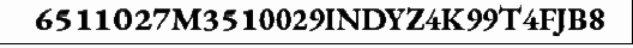
6511027M3510029INDYZ4K99T4FJB8